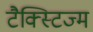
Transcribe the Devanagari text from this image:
टैक्स्टिज्म